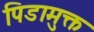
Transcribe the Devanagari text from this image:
पिडामुक्त